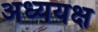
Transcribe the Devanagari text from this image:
अध्ययक्ष